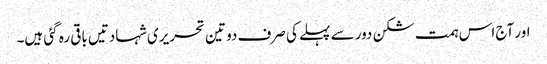
اور آج اس ہمت شکن دور سے پہلے کی صرف دو تین تحریری شہادتیں باقی رہ گئی ہیں۔